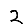
Digit: 2